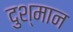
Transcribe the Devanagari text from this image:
दुश्मान